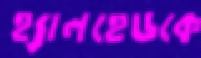
হ্যালহেডকে